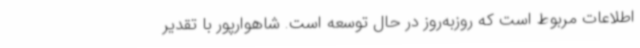
اطلاعات مربوط است که روزبه‌روز در حال توسعه است. شاهوارپور با تقدیر